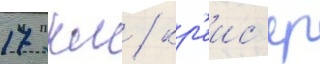
17 км / кр'еис'ер